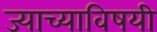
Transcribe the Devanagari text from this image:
ज्याच्याविषयी